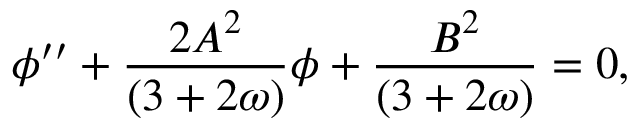
\phi ^ { \prime \prime } + \frac { 2 A ^ { 2 } } { ( 3 + 2 \omega ) } \phi + \frac { B ^ { 2 } } { ( 3 + 2 \omega ) } = 0 ,